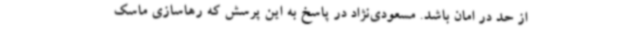
از حد در امان باشد. مسعودی‌نژاد در پاسخ به این پرسش که رهاسازی ماسک